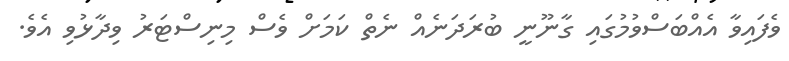
ވެފައިވާ އެއްބަސްވުމުގައި ގާނޫނީ ބުރަދަނެއް ނެތް ކަމަށް ވެސް މިނިސްޓަރު ވިދާޅުވި އެވެ.